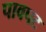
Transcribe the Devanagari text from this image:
पावपट